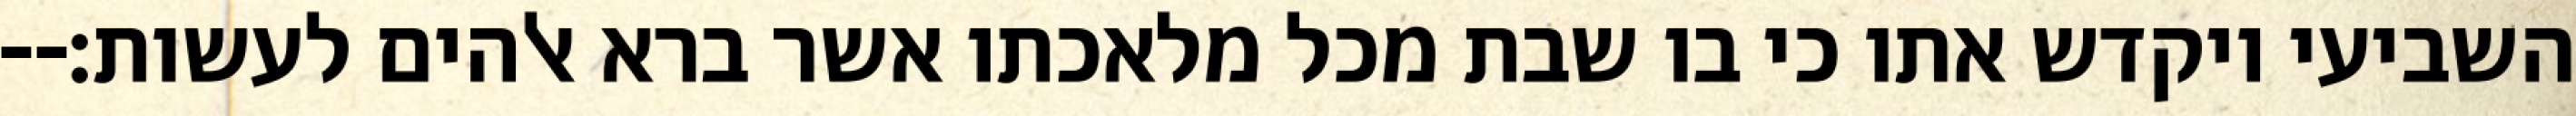
השביעי ויקדש אתו כי בו שבת מכל מלאכתו אשר ברא אלהים לעשות׃--